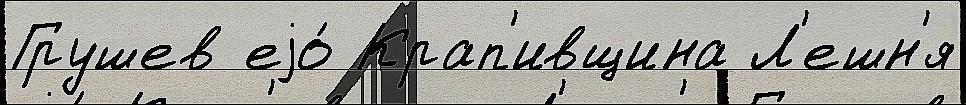
Грушев еjо́ Крап'ивщина Л'ешн'я